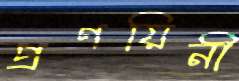
প্রণয়িনী